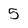
Character: 5